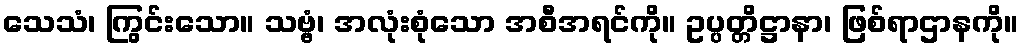
သေသံ၊ ကြွင်းသော။ သဗ္ဗံ၊ အလုံးစုံသော အစီအရင်ကို။ ဥပ္ပတ္တိဋ္ဌာနာ၊ ဖြစ်ရာဌာနကို။